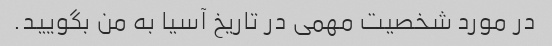
در مورد شخصیت مهمی در تاریخ آسیا به من بگویید.